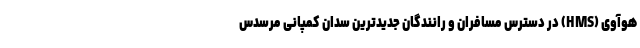
هوآوی (HMS) در دسترس مسافران و رانندگان جدیدترین سدان کمپانی مرسدس